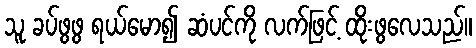
သူ ခပ်ဖွဖွ ရယ်မော၍ ဆံပင်ကို လက်ဖြင့် ထိုးဖွလေသည်။